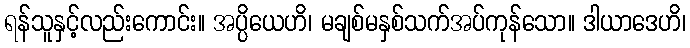
ရန်သူနှင့်လည်းကောင်း။ အပ္ပိယေဟိ၊ မချစ်မနှစ်သက်အပ်ကုန်သော။ ဒါယာဒေဟိ၊